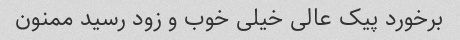
برخورد پیک عالی خیلی خوب و زود رسید ممنون